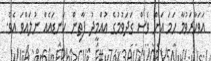
އަވަހާރަވުމާ ހަމަ އަށް ވެސް ގަދަވުމުގެ އުއްމީދު ފާތިން ކަނޑައެއް ނުލައްވަ އެވެ.